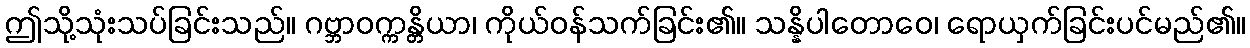
ဤသို့သုံးသပ်ခြင်းသည်။ ဂဗ္ဘာဝက္ကန္တိယာ၊ ကိုယ်ဝန်သက်ခြင်း၏။ သန္နိပါတောဝေ၊ ရောယှက်ခြင်းပင်မည်၏။